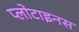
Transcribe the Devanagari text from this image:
प्लोटाइनस